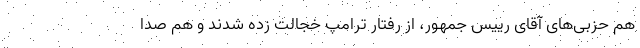
هم حزبی‌های آقای رییس جمهور، از رفتار ترامپ خجالت زده شدند و هم صدا